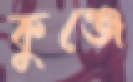
কুঞ্জে